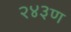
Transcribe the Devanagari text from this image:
२४३ण